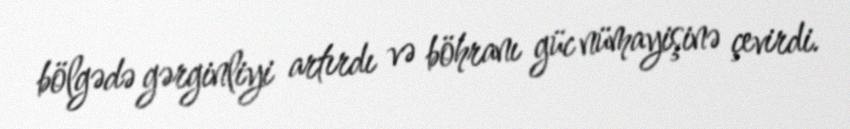
bölgədə gərginliyi artırdı və böhranı güc nümayişinə çevirdi.